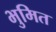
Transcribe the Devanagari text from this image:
भुमित